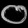
Digit: ၀